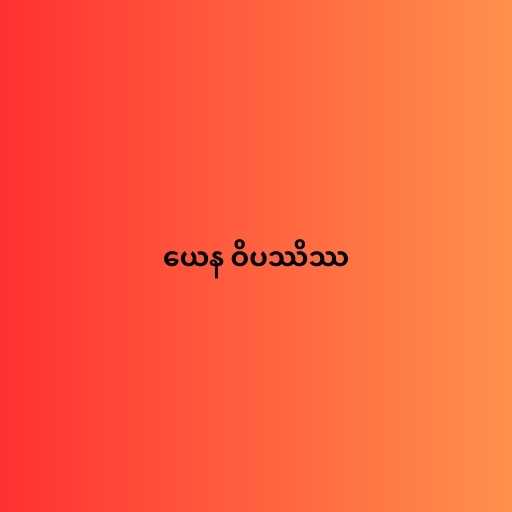
ယေန ဝိပဿိဿ